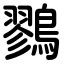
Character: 鷚